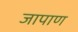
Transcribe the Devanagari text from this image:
जापाण